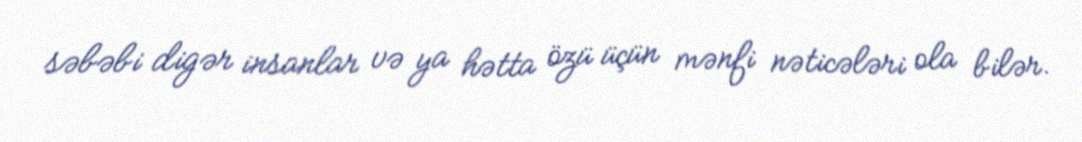
səbəbi digər insanlar və ya hətta özü üçün mənfi nəticələri ola bilər.